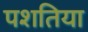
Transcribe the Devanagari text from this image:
पशतिया